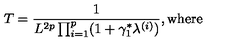
T = \frac { 1 } { L ^ { 2 p } \prod _ { i = 1 } ^ { p } ( 1 + \gamma _ { 1 } ^ { \ast } \lambda ^ { ( i ) } ) } \mathrm { , w h e r e }